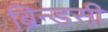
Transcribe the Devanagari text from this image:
ब्रिन्डसी